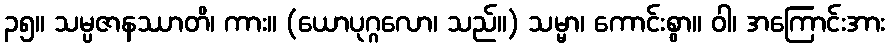
၃၅။ သမ္ပဇာနဿာတိ၊ ကား။ (ယောပုဂ္ဂလော၊ သည်။) သမ္မာ၊ ကောင်းစွာ။ ဝါ၊ အကြောင်းအား